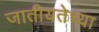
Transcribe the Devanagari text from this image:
जातीयतेच्या